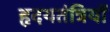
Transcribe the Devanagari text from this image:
हृदयतंत्रियों